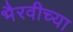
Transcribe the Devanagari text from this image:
भैरवीच्या